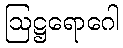
ဩဋ္ဌရောဂေါ